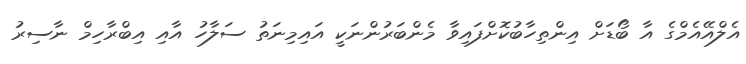
އެލްއޭއެމްގެ އާ ބޯޑަށް އިންތިހާބުކޮށްފައިވާ މެންބަރުންނަކީ އައިމިނަތު ސަލާހު އާއި އިބްރާހިމް ނާސިރު